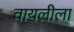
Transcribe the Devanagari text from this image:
वायलीला